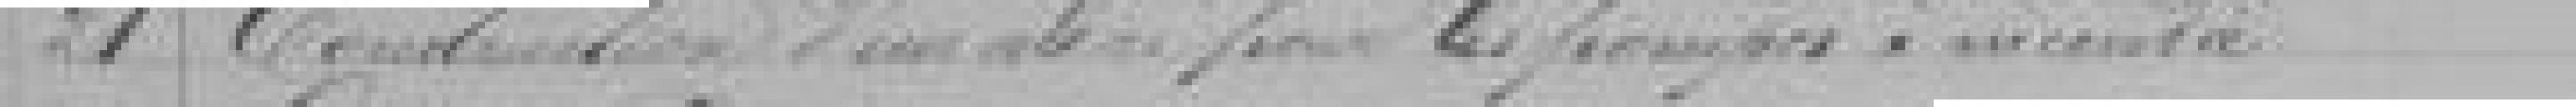
21 Construction d'un abri pour les ?? au Centre